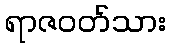
ရာဇဝတ်သား